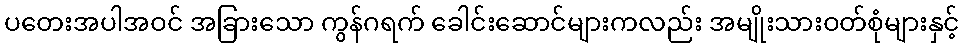
ပတေးအပါအဝင် အခြားသော ကွန်ဂရက် ခေါင်းဆောင်များကလည်း အမျိုးသားဝတ်စုံများနှင့်